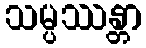
သမ္ပဿန္တာ